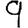
Digit: 9